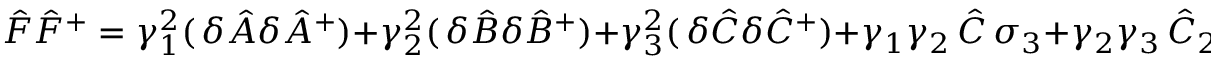
{ \hat { F } } { \hat { F } } ^ { + } = \gamma _ { 1 } ^ { 2 } ( \, \delta { \hat { A } } \delta { \hat { A } } ^ { + } ) + \gamma _ { 2 } ^ { 2 } ( \, \delta { \hat { B } } \delta { \hat { B } } ^ { + } ) + \gamma _ { 3 } ^ { 2 } ( \, \delta { \hat { C } } \delta { \hat { C } } ^ { + } ) + \gamma _ { 1 } \gamma _ { 2 } \, { \hat { C } } \, \sigma _ { 3 } + \gamma _ { 2 } \gamma _ { 3 } \, { \hat { C } } _ { 2 } \, \sigma _ { 1 } - \gamma _ { 1 } \gamma _ { 3 } \, { \hat { C } } _ { 3 } \, \sigma _ { 2 } ,